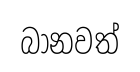
බානවත්